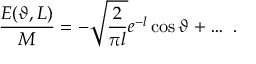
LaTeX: \frac { E ( \vartheta , L ) } { M } = - \sqrt { \frac { 2 } { \pi l } } e ^ { - l } \cos \vartheta + \ldots \, \, .